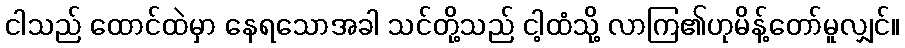
ငါသည် ထောင်ထဲမှာ နေရသောအခါ သင်တို့သည် ငါ့ထံသို့ လာကြ၏ဟုမိန့်တော်မူလျှင်။